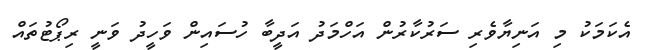
އެކަމަކު މި އަނިޔާވެރި ސަރުކާރުން އަހްމަދު އަދީބާ ހުސައިން ވަހީދު ވަނީ ރިޕޯޓުތައް